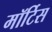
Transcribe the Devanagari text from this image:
मॉर्टिस